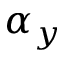
\alpha _ { y }